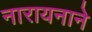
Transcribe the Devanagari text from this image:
नारायनाने